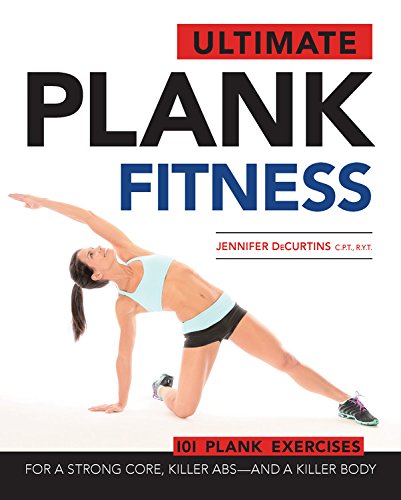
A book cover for Ultimate Plank Fitness: For a Strong Core, Killer Abs - and a Killer Body; Jennifer DeCurtins; Health, Fitness & Dieting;